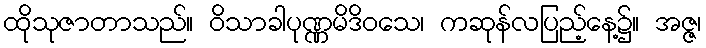
ထိုသုဇာတာသည်။ ဝိသာခါပုဏ္ဏမိဒိဝသေ၊ ကဆုန်လပြည့်နေ့၌။ အဇ္ဇ၊